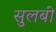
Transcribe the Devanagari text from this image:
सुलबी